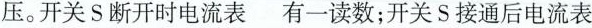
压。开关S断开时电流表 有一读数；开关S接通后电流表